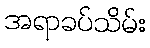
အရာခပ်သိမ်း